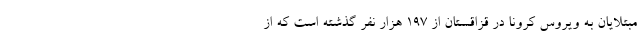
مبتلایان به ویروس کرونا در قزاقستان از ۱۹۷ هزار نفر گذشته است که از